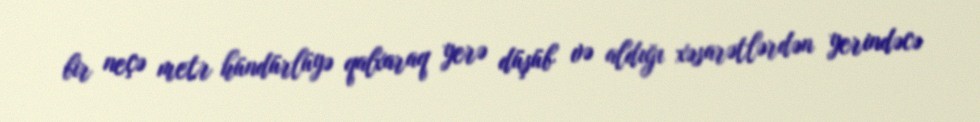
bir neçə metr hündürlüyə qalxaraq yerə düşüb və aldığı xəsarətlərdən yerindəcə